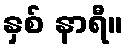
နှစ် နာရီ။